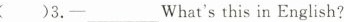
( )3,—___What's this in English?